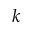
k